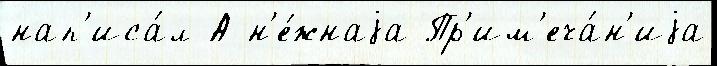
нап'иса́л А н'е́жнаjа Пр'им'еча́н'иjа